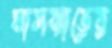
ঘাসঝাড়ের